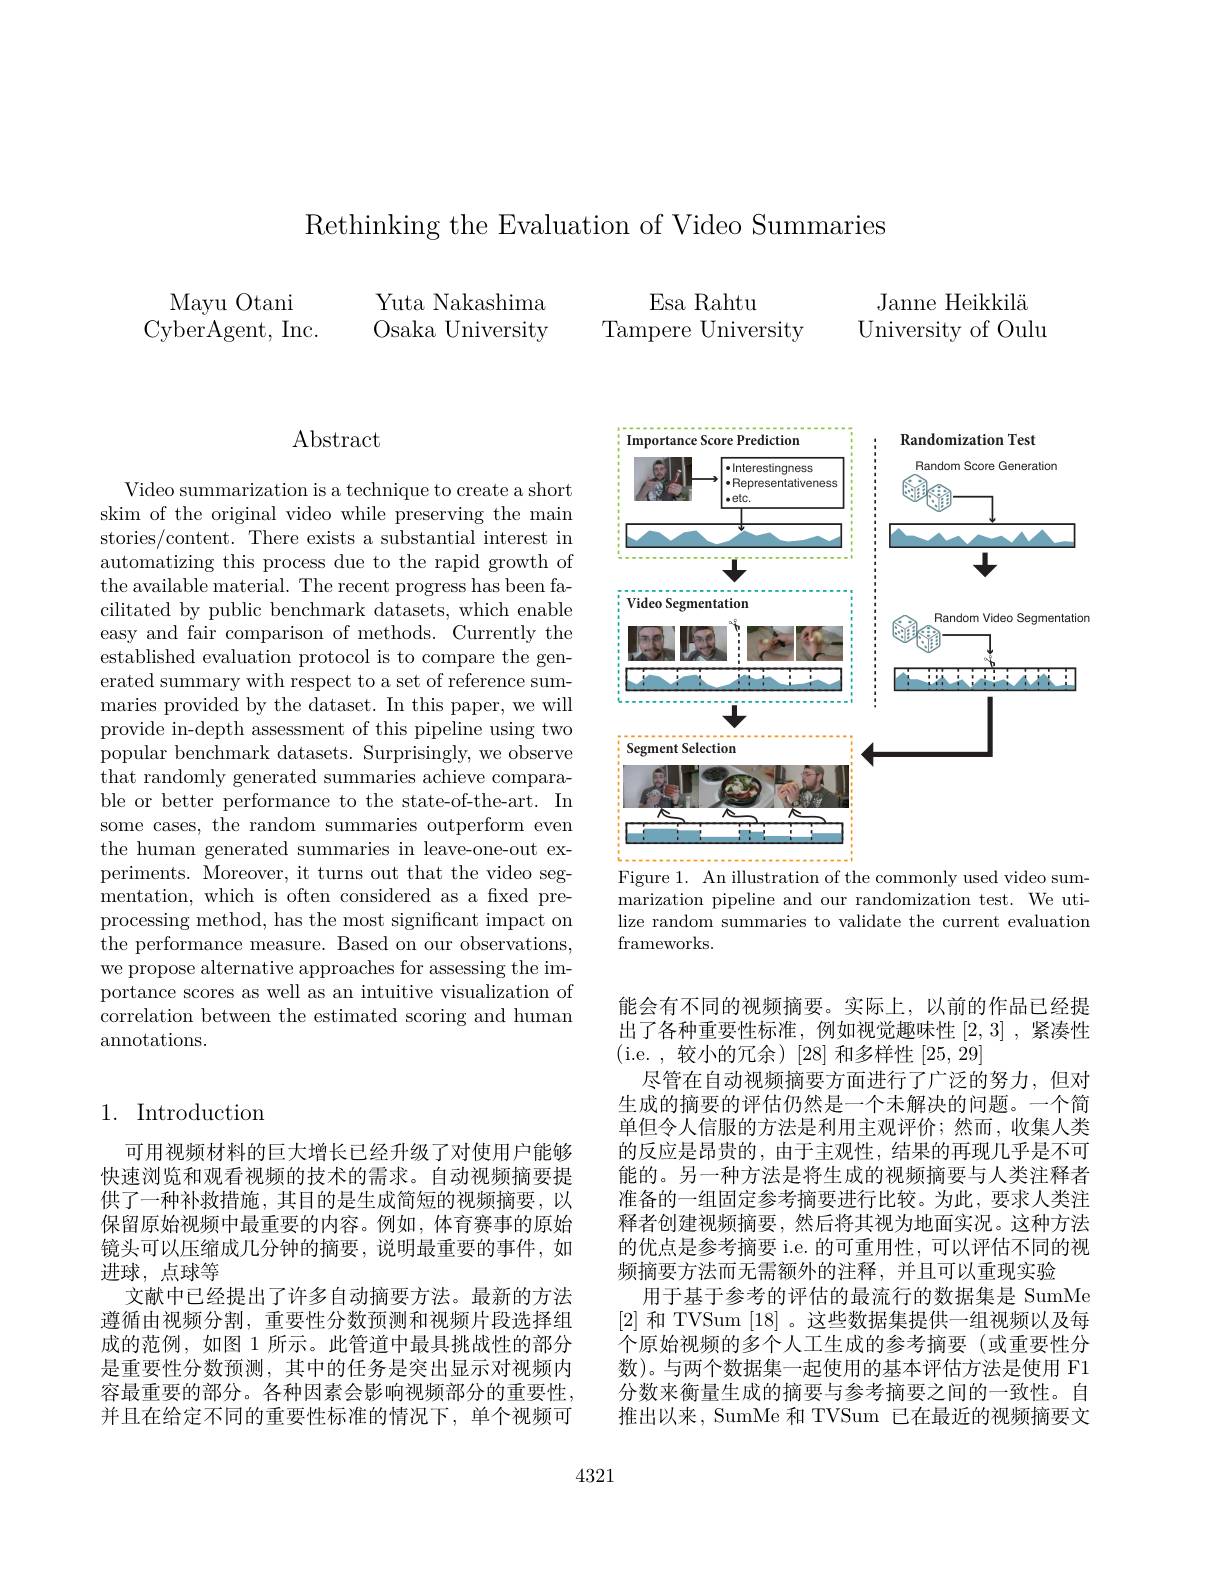
Rethinking the Evaluation of Video Summaries

Esa Rahtu
Tampere University

Mayu Otani
CyberAgent, Inc.

Yuta Nakashima Osaka University

Janne Heikkilä University of Oulu

## Abstract

Video summarization is a technique to create a short skim of the original video while preserving the main stories/content. There exists a substantial interest in automatizing this process due to the rapid growth of the available material. The recent progress has been facilitated by public benchmark datasets, which enable easy and fair comparison of methods. Currently the established evaluation protocol is to compare the generated summary with respect to a set of reference summaries provided by the dataset. In this paper, we will provide in-depth assessment of this pipeline using two $\bar{\text{popular benchmark datasets. Surprisingly, we observe}}$ that randomly generated summaries achieve comparable or better performance to the state-of-the-art. In some cases, the random summaries outperform even the human generated summaries in leave-one-out experiments. Moreover, it turns out that the video segmentation, which is often considered as a fixed preprocessing method, has the most significant impact on the performance measure. Based on our observations, we propose alternative approaches for assessing the importance scores as well as an intuitive visualization of correlation between the estimated scoring and human annotations.

## 1. Introduction

可用视频材料的巨大增长已经升级了对使用户能够快速浏览和观看视频的技术的需求。自动视频摘要提供了一种补救措施，其目的是生成简短的视频摘要，以保留原始视频中最重要的内容。例如，体育赛事的原始镜头可以压缩成几分钟的摘要，说明最重要的事件，如进球，点球等
文献中已经提出了许多自动摘要方法。最新的方法遵循由视频分割，重要性分数预测和视频片段选择组成的范例，如图 1 所示。此管道中最具挑战性的部分是重要性分数预测，其中的任务是突出显示对视频内容最重要的部分。各种因素会影响视频部分的重要性， 并且在给定不同的重要性标准的情况下，单个视频可

<FigureHere>
Figure 1. An illustration of the commonly used video sum-

marization pipeline and our randomization test. We utilize random summaries to validate the current evaluation ${\mathrm{frameworks.}}$

能会有不同的视频摘要。实际上，以前的作品已经提出了各种重要性标准，例如视觉趣味性[2,3] ,紧凑性(i.e.,较小的冗余)[28] 和多样性[25,29]
尽管在自动视频摘要方面进行了广泛的努力，但对生成的摘要的评估仍然是一个未解决的问题。一个简单但令人信服的方法是利用主观评价；然而，收集人类的反应是昂贵的，由于主观性，结果的再现几乎是不可能的。另一种方法是将生成的视频摘要与人类注释者准备的一组固定参考摘要进行比较。为此，要求人类注释者创建视频摘要，然后将其视为地面实况。这种方法的优点是参考摘要 i.e. 的可重用性，可以评估不同的视频摘要方法而无需额外的注释，并且可以重现实验
用于基于参考的评估的最流行的数据集是 SumMe [2]和 TVSum [18]。这些数据集提供一组视频以及每个原始视频的多个人工生成的参考摘要(或重要性分数)。与两个数据集一起使用的基本评估方法是使用 F1分数来衡量生成的摘要与参考摘要之间的一致性。自推出以来，SumMe 和 TVSum 已在最近的视频摘要文

4321